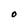
Character: O